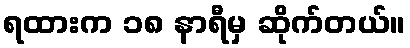
ရထားက ၁၈ နာရီမှ ဆိုက်တယ်။